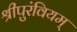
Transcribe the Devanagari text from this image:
श्रीपुरंवियम्